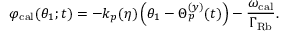
\varphi _ { \mathrm { c a l } } ( \theta _ { 1 } ; t ) = - k _ { p } ( \eta ) \left( \theta _ { 1 } - \Theta _ { p } ^ { ( y ) } ( t ) \right) - \frac { \omega _ { \mathrm { c a l } } } { \Gamma _ { \mathrm { R b } } } .